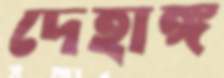
দেহাঙ্গ